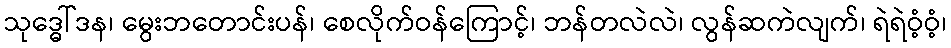
သုဒ္ဓေါ်ဒန၊ မွေးဘတောင်းပန်၊ စေလိုက်ဝန်ကြောင့်၊ ဘန်တလဲလဲ၊ လွန်ဆကဲလျက်၊ ရဲရဲဝံ့ဝံ့၊